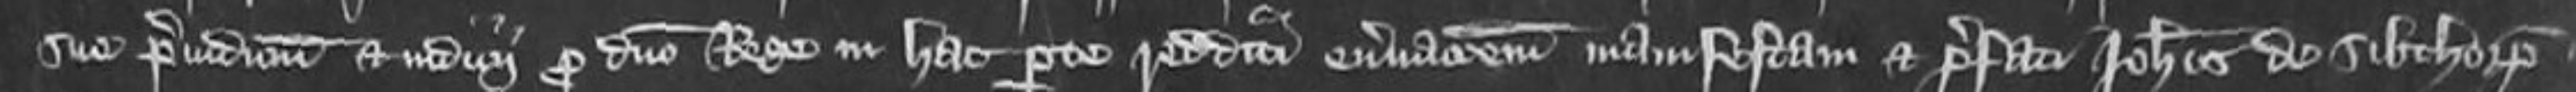
sue preiudicium et iudicii pro domino Rege in hac parte redditum enervationem manifesta et prefati Johannis de Sibthorp